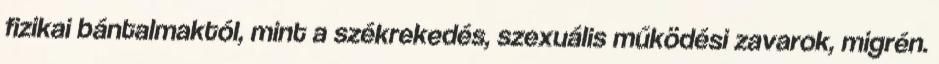
fizikai bántalmaktól, mint a székrekedés, szexuális működési zavarok, migrén.